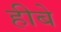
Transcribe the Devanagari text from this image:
हीबे